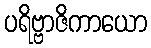
ပရိဗ္ဗာဇိကာယော